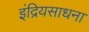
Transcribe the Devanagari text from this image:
इंद्रियसाधना